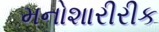
મનોશારીરીક